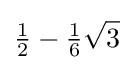
{\tfrac {1}{2}}-{\tfrac {1}{6}}{\sqrt {3}}